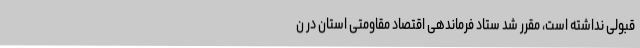
قبولی نداشته است، مقرر شد ستاد فرماندهی اقتصاد مقاومتی استان در ن